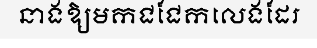
នាងឱ្យមកជជែកលេងដែរ